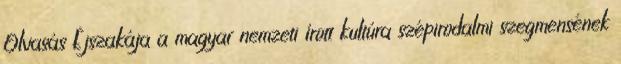
Olvasás Éjszakája a magyar nemzeti írott kultúra szépirodalmi szegmensének